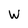
Character: W